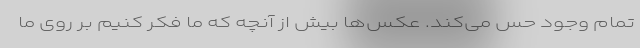
تمام وجود حس می‌کند. عکس‌ها بیش از آنچه که ما فکر کنیم بر روی ما